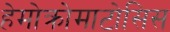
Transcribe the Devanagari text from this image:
हेमोक्रोमाटोसिस